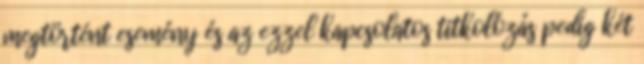
megtörtént esemény és az ezzel kapcsolatos titkolózás pedig két